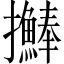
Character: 𢺒